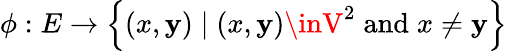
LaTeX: \phi:E\to\left\{ (x,\mathbf{y})\mid(x,\mathbf{y})\inV^{2}\; {\textrm{{and}}}\; x\neq\mathbf{y}\right\}